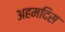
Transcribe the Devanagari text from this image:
अहमदिस